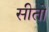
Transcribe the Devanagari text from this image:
सीतो